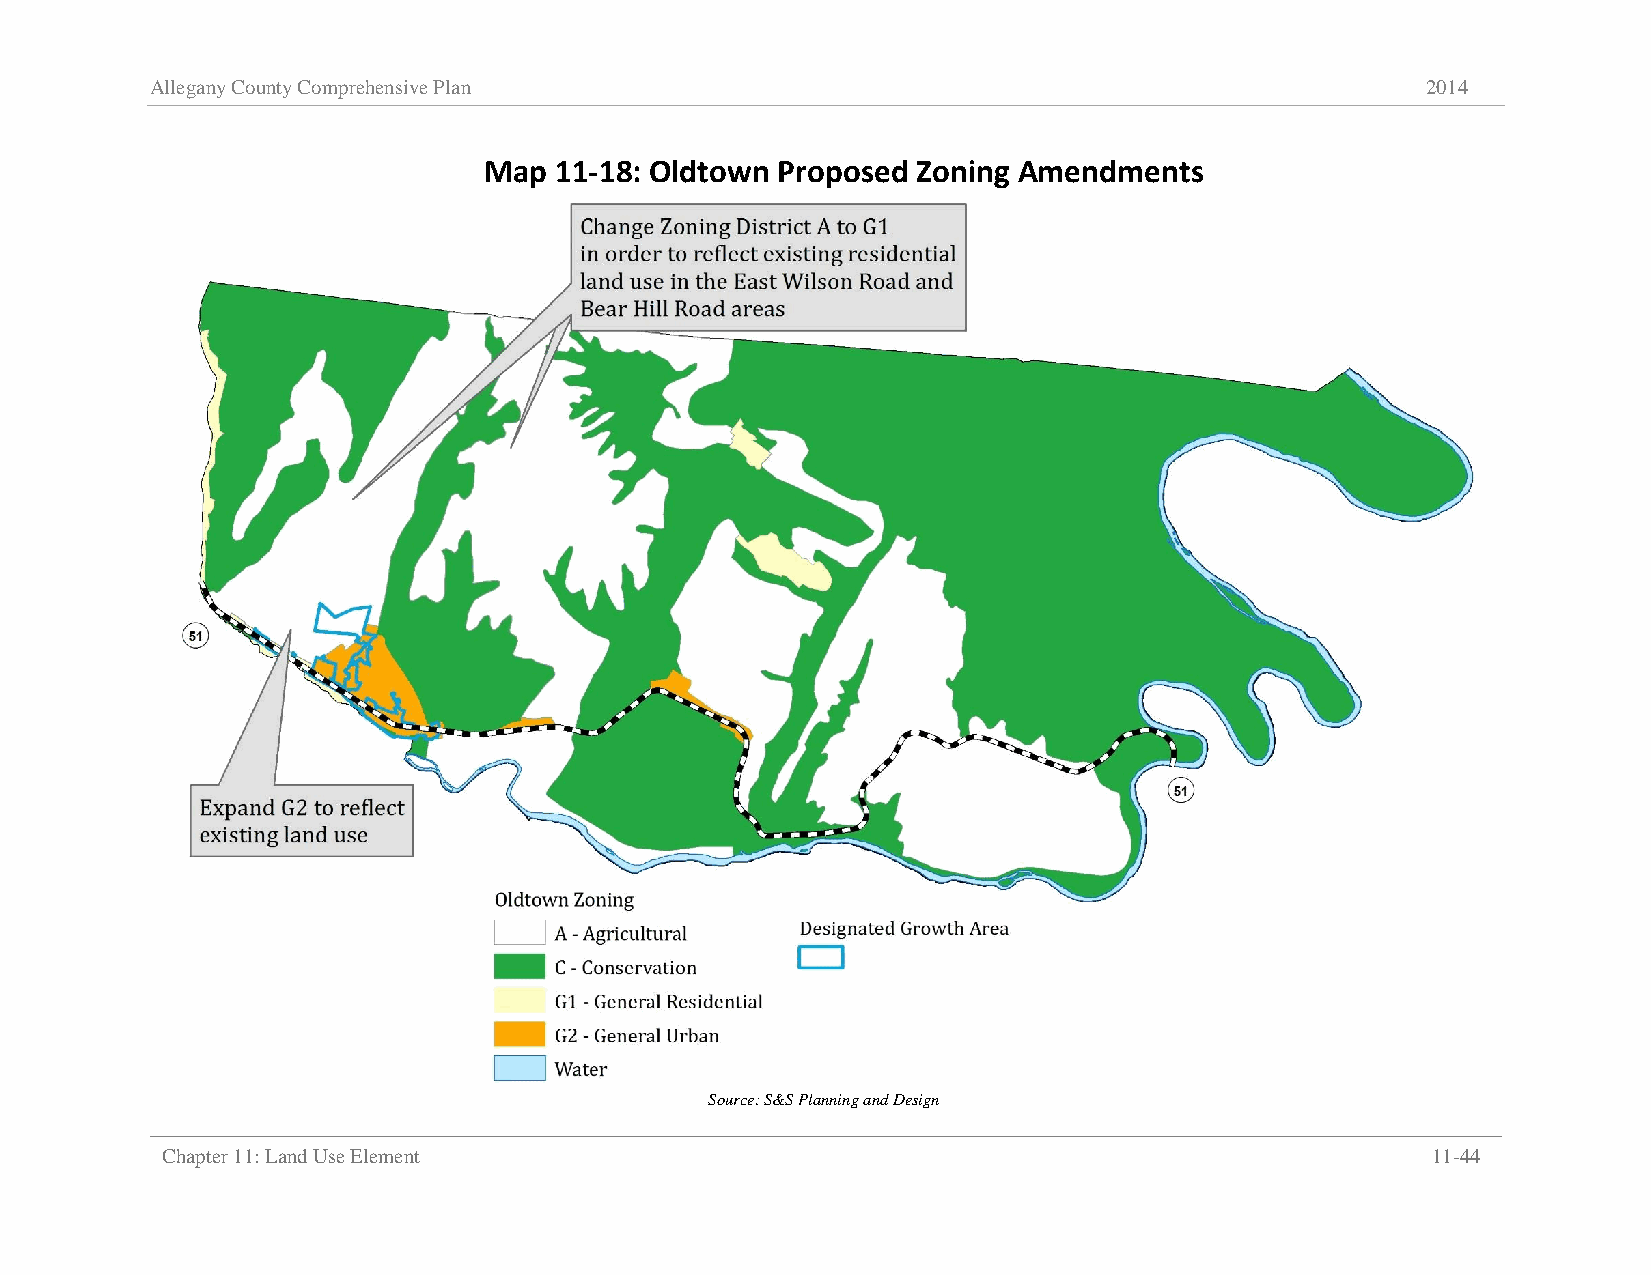
Allegany County Comprehensive Plan                                                  2014
 Map  11-18: Oldtown Proposed Zoning Amendments
 Source: S&S Planning and Design
 Chapter 11: Land Use Element                                                        11-44